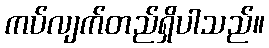
ကပ်လျက်တည်ရှိပါသည်။